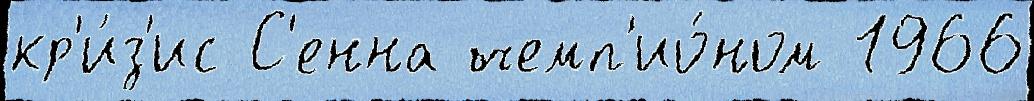
кр'и́з'ис С'енна чемп'ио́ном 1966